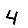
Digit: 4